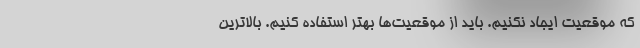
که موقعیت ایجاد نکنیم. باید از موقعیت‌ها بهتر استفاده کنیم. بالاترین